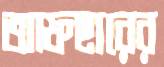
আফছারের